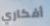
أفكاري